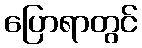
ပြောရာတွင်